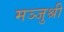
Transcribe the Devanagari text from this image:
मञ्जुश्री